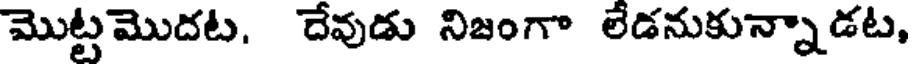
మొట్టమొదట, దేవుడు నిజంగా లేడనుకున్నాడట,